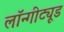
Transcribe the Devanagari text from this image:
लॉन्गीट्यूड